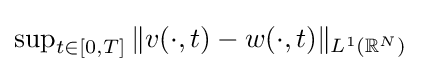
\textstyle \sup _{t\in [0,T]}\|v(\cdot ,t)-w(\cdot ,t)\|_{L^{1}(\mathbb {R} ^{N})}